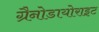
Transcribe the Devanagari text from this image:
ग्रैनोडायोराइट